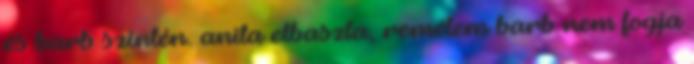
és barb szintén. anita elbaszta, remélem barb nem fogja